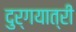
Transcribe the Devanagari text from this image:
दुर्गयात्री